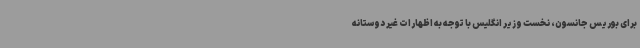
برای بوریس جانسون، نخست وزیر انگلیس با توجه به اظهارات غیر دوستانه